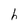
Character: h